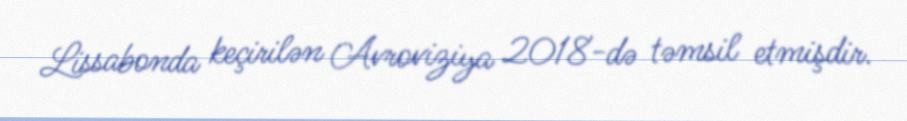
Lissabonda keçirilən Avroviziya 2018-də təmsil etmişdir.